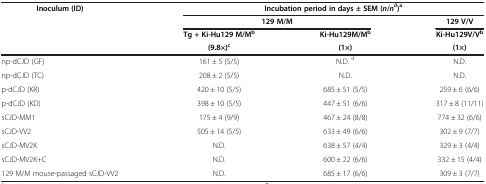
<table><thead><tr><td><b>Inoculum (ID)</b></td><td colspan="3"><b>Incubation period in days ± SEM ( <i>n </i>/<i>n</i><sup><i>0</i></sup>)<sup>a</sup></b></td></tr><tr><td><b> </b></td><td colspan="2"><b>129 M/M</b></td><td><b>129 V/V</b></td></tr><tr><td><b> </b></td><td><b>Tg + Ki-Hu129 M/M<sup>b</sup></b></td><td><b>Ki-Hu129M/M<sup>b</sup></b></td><td><b>Ki-Hu129V/V<sup>b</sup></b></td></tr><tr><td><b> </b></td><td><b>(9.8×)<sup>c</sup></b></td><td><b>(1×)</b></td><td><b>(1×)</b></td></tr></thead><tbody><tr><td>np-dCJD (GF)</td><td>161 ± 5 (5/5)</td><td>N.D. <sup>d</sup></td><td>N.D.</td></tr><tr><td>np-dCJD (TC)</td><td>208 ± 2 (5/5)</td><td>N.D.</td><td>N.D.</td></tr><tr><td>p-dCJD (KR)</td><td>420 ± 10 (5/5)</td><td>685 ± 51 (5/5)</td><td>259 ± 6 (6/6)</td></tr><tr><td>p-dCJD (KD)</td><td>398 ± 10 (5/5)</td><td>447 ± 51 (6/6)</td><td>317 ± 8 (11/11)</td></tr><tr><td>sCJD-MM1</td><td>175 ± 4 (9/9)</td><td>467 ± 24 (8/8)</td><td>774 ± 32 (6/6)</td></tr><tr><td>sCJD-VV2</td><td>505 ± 14 (5/5)</td><td>633 ± 49 (6/6)</td><td>302 ± 9 (7/7)</td></tr><tr><td>sCJD-MV2K</td><td>N.D.</td><td>638 ± 57 (4/4)</td><td>329 ± 3 (4/4)</td></tr><tr><td>sCJD-MV2K+C</td><td>N.D.</td><td>600 ± 22 (6/6)</td><td>332 ± 15 (4/4)</td></tr><tr><td>129 M/M mouse-passaged sCJD-VV2</td><td>N.D.</td><td>685 ± 17 (6/6)</td><td>309 ± 3 (7/7)</td></tr></tbody></table>